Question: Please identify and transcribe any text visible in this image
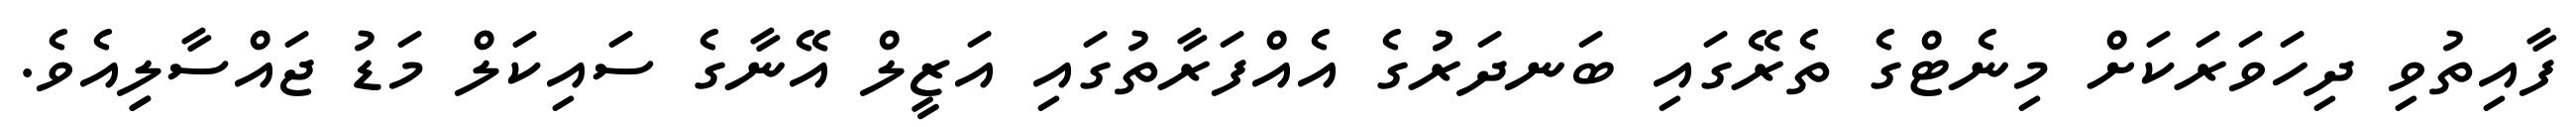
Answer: ފާއިތުވި ދިހަވަރަކަށް މިނެޓްގެ ތެރޭގައި ބަނދަރުުގެ އެއްފަރާތުގައި އަޒީލް އޭނާގެ ސައިކަލް މަޑު ޖައްސާލިިއެވެ.